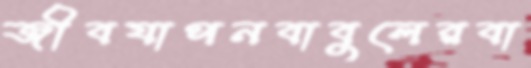
জীবযাপনবাবুলেরবা